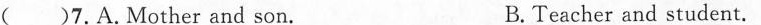
C.Friends. D.Doctor and patient.